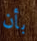
بأن